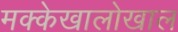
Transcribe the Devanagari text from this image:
मक्केखालोखाल